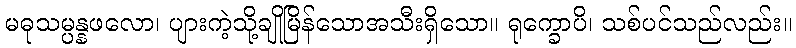
မဓုသမ္ပန္နဖလော၊ ပျားကဲ့သို့ချိုမြိန်သောအသီးရှိသော။ ရုက္ခောပိ၊ သစ်ပင်သည်လည်း။